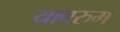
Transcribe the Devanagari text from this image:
यावरुम